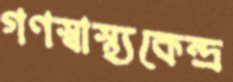
গণস্বাস্থ্যকেন্দ্র